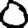
Digit: 0